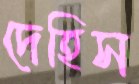
দেহিস